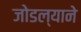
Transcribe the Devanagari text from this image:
जोडल्याने